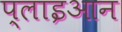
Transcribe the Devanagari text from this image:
प्लाइआन